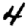
Digit: 4